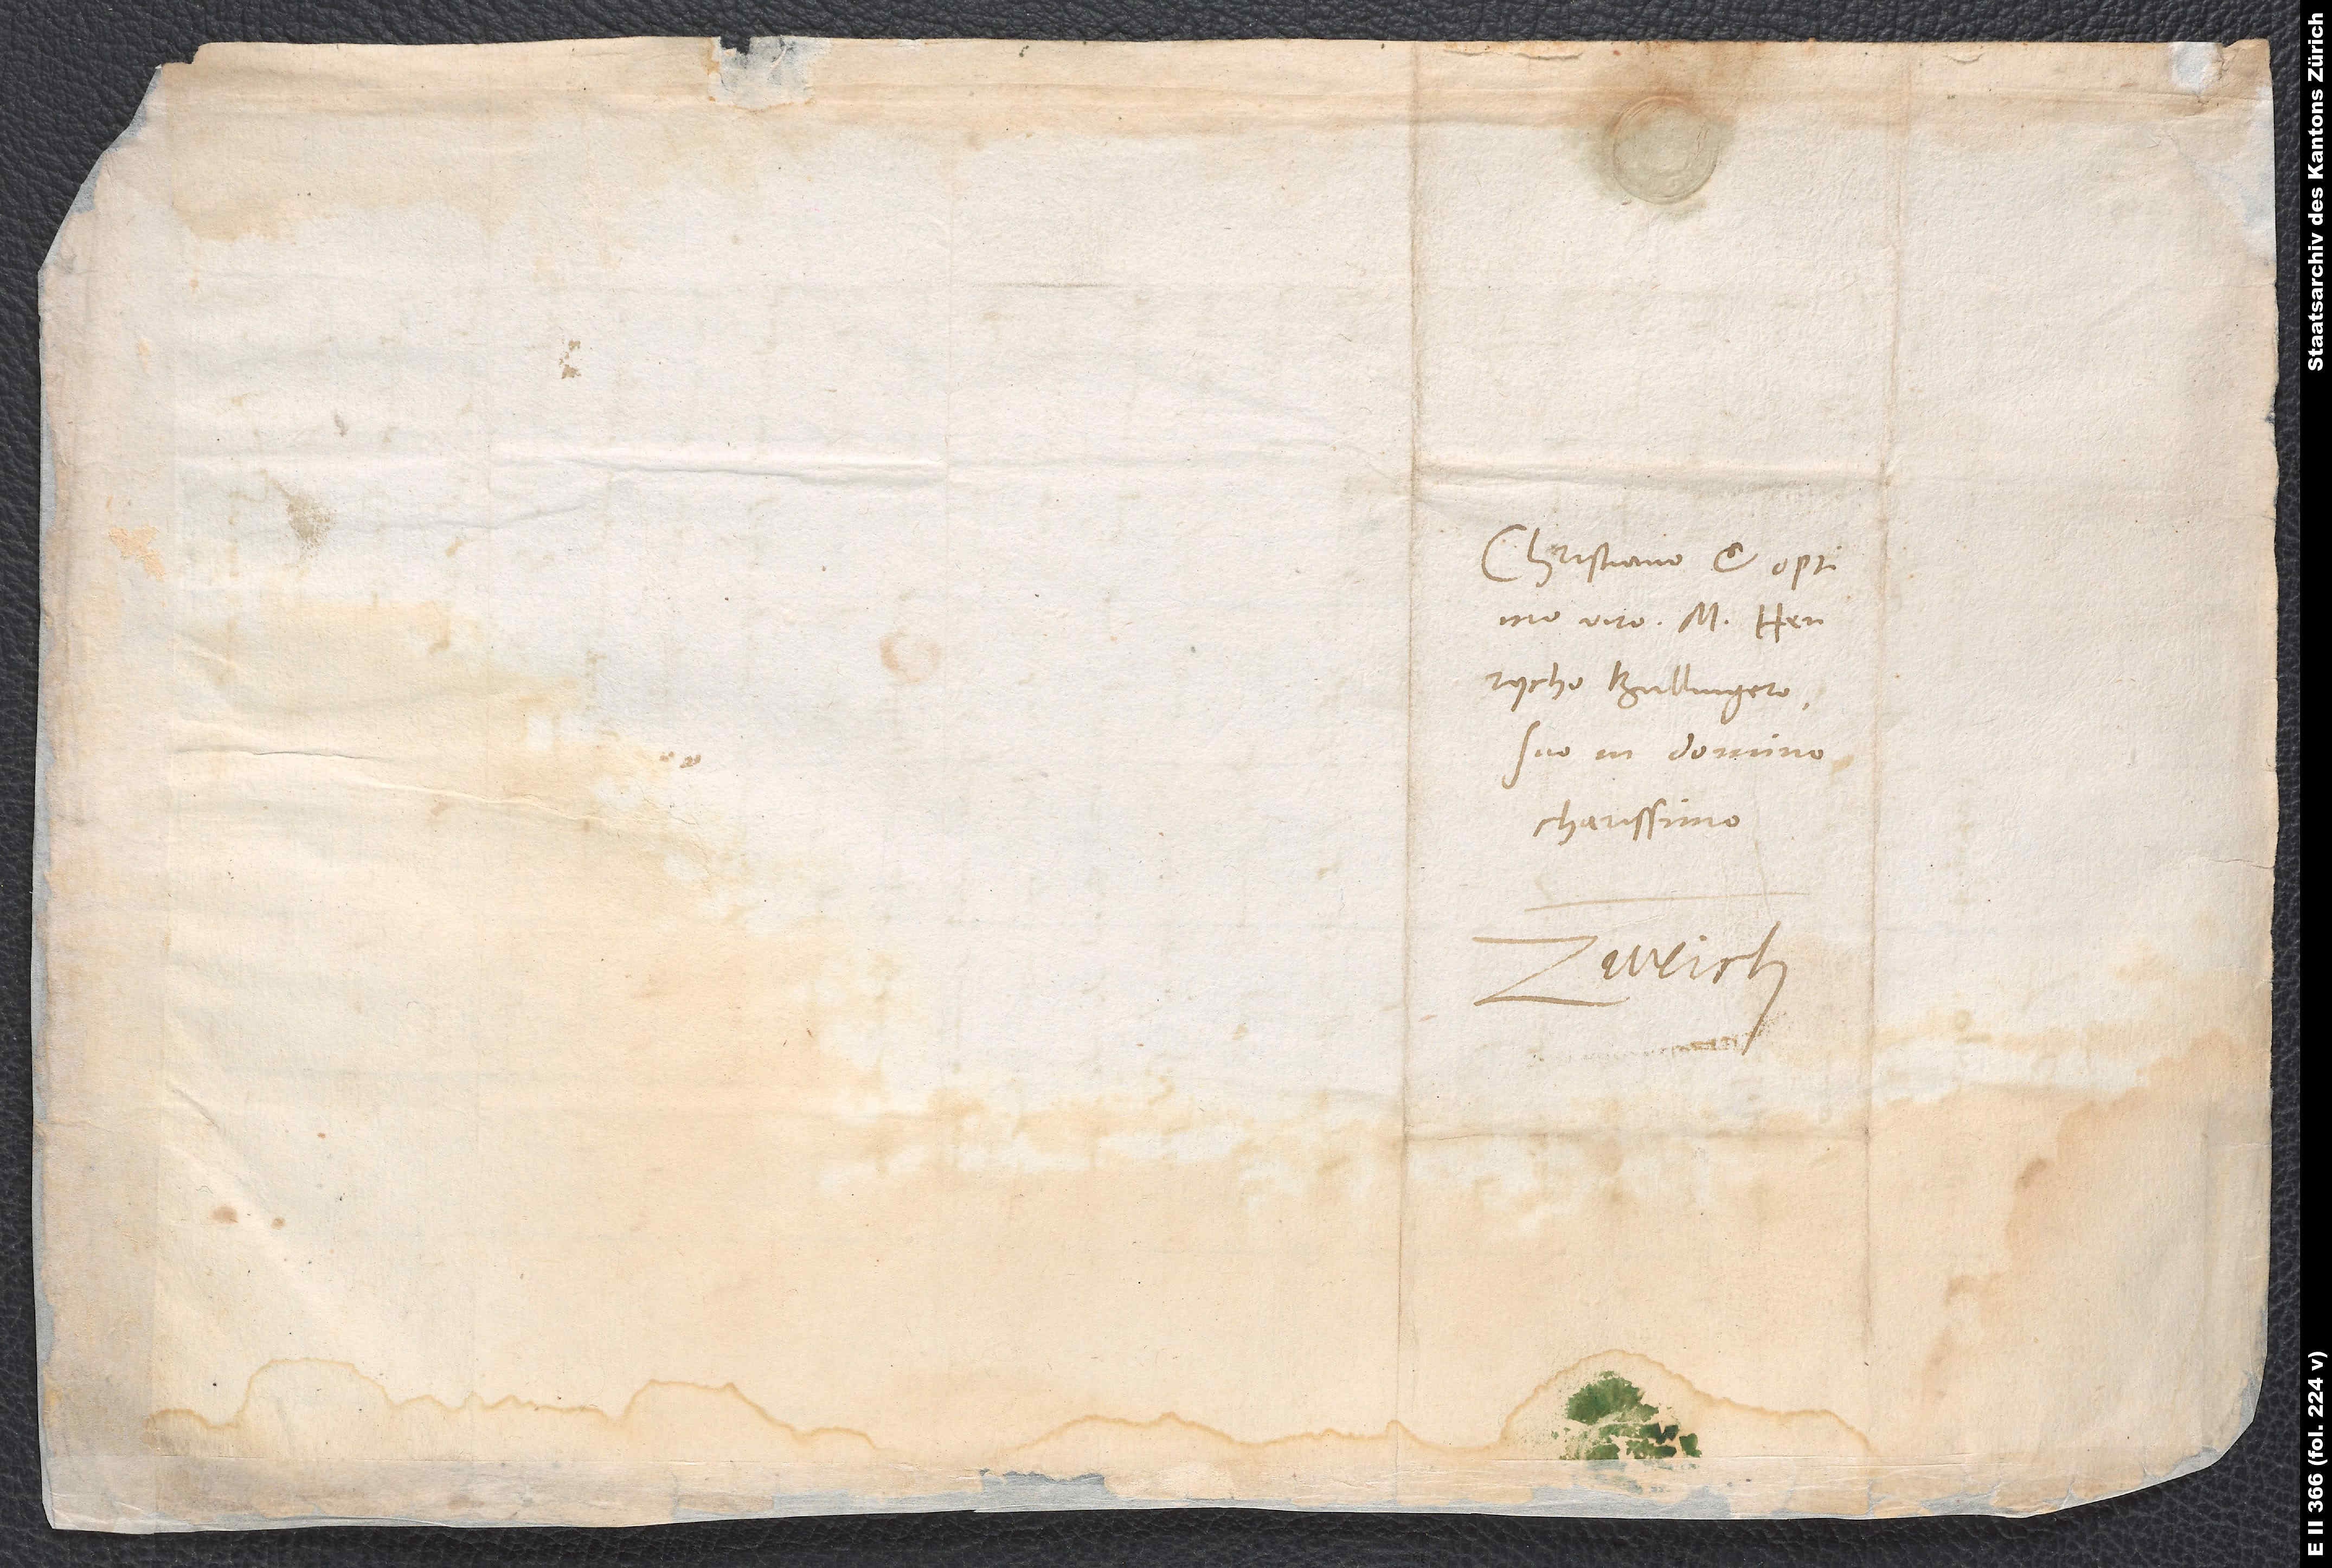
Christiano et optimo
viro M. Henrycho
Bullingero,
suo in domino
charissimo.
Zurich.